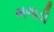
ભગાડી